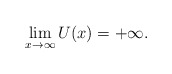
\begin{align*} \lim_{x\to\infty}U(x)= +\infty.\end{align*}